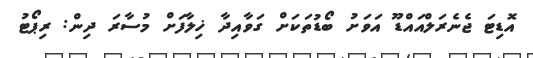
އޮޑިޓަ ޖެނެރަލްއައްޑޫ އަވަށު ބޯޑުތަކަށް ގަވާއިދާ ޚިލާފަށް މުސާރަ ދިން: ރިޕޯޓު